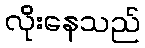
လိုးနေသည်